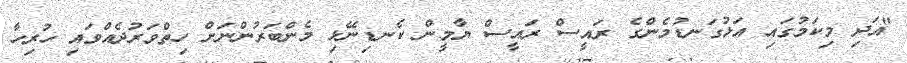
"އަދި މިކަމުގައި އަޅުގަނޑުމެންގެ ރައީސް ރައީސް ޔާމީން ކެނޑިނޭޅި މެންބަރުންނަށް ހިތްވަރުދެއްވައި ހުރިހާ